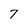
Character: 7